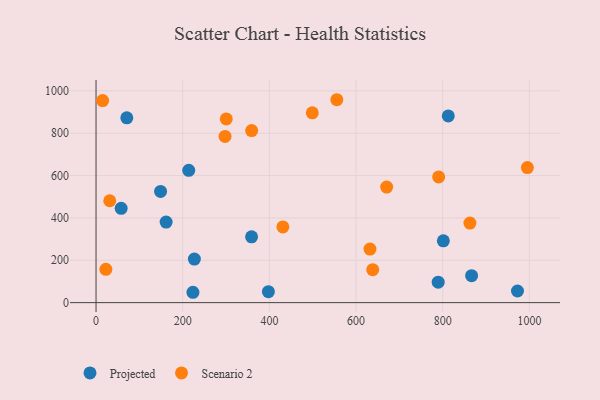
{"axis": {"x": "Investment", "y": "Sales"}, "legend": ["Projected", "Scenario 2"], "data": [{"x": "148.9", "y": 525.3, "type": "Projected"}, {"x": "801.4", "y": 292.0, "type": "Projected"}, {"x": "71.0", "y": 872.7, "type": "Projected"}, {"x": "397.7", "y": 51.8, "type": "Projected"}, {"x": "812.8", "y": 881.9, "type": "Projected"}, {"x": "213.9", "y": 624.6, "type": "Projected"}, {"x": "358.9", "y": 310.6, "type": "Projected"}, {"x": "223.6", "y": 48.9, "type": "Projected"}, {"x": "161.7", "y": 380.3, "type": "Projected"}, {"x": "972.5", "y": 54.9, "type": "Projected"}, {"x": "58.0", "y": 445.5, "type": "Projected"}, {"x": "226.9", "y": 205.6, "type": "Projected"}, {"x": "789.5", "y": 96.4, "type": "Projected"}, {"x": "866.6", "y": 127.2, "type": "Projected"}, {"x": "431.1", "y": 357.3, "type": "Scenario 2"}, {"x": "22.7", "y": 157.4, "type": "Scenario 2"}, {"x": "638.4", "y": 155.4, "type": "Scenario 2"}, {"x": "670.6", "y": 545.5, "type": "Scenario 2"}, {"x": "297.7", "y": 784.7, "type": "Scenario 2"}, {"x": "555.6", "y": 958.2, "type": "Scenario 2"}, {"x": "499.0", "y": 896.4, "type": "Scenario 2"}, {"x": "632.1", "y": 253.0, "type": "Scenario 2"}, {"x": "359.1", "y": 812.3, "type": "Scenario 2"}, {"x": "790.6", "y": 593.8, "type": "Scenario 2"}, {"x": "862.7", "y": 375.9, "type": "Scenario 2"}, {"x": "15.2", "y": 954.0, "type": "Scenario 2"}, {"x": "995.3", "y": 637.6, "type": "Scenario 2"}, {"x": "31.6", "y": 481.2, "type": "Scenario 2"}, {"x": "300.5", "y": 867.3, "type": "Scenario 2"}]}